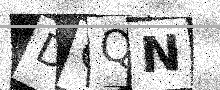
Text: DQQN